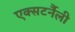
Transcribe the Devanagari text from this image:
एक्सटर्नैली